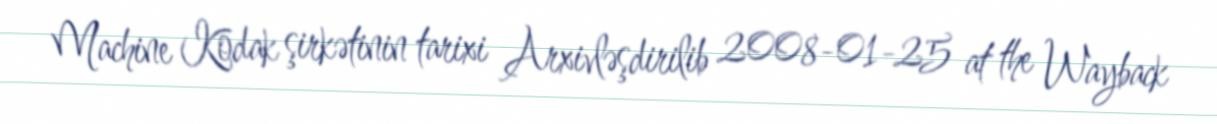
Machine Kodak şirkətinin tarixi Arxivləşdirilib 2008-01-25 at the Wayback